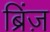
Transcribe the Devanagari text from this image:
ब्रिंज़